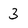
Character: 3